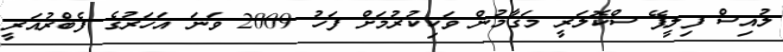
ލުއިސް ފިލީޕޭ ސްކޮލަރީ މަގާމުން ވަކިކުރުމަށް ފަހު 2009 ވަނަ އަހަރުގެ ފެބްރުއަރީ